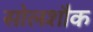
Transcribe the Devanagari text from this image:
सोलशौक